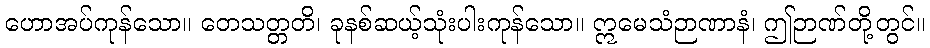
ဟောအပ်ကုန်သော။ တေသတ္တတိ၊ ခုနစ်ဆယ့်သုံးပါးကုန်သော။ ဣမေသံဉာဏာနံ၊ ဤဉာဏ်တို့တွင်။